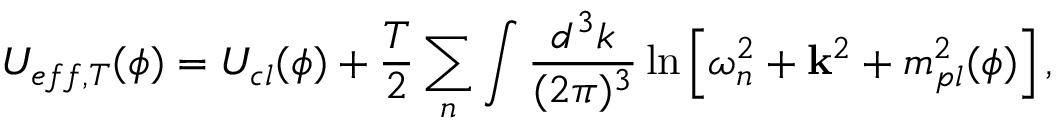
U _ { e f f , T } ( \phi ) = U _ { c l } ( \phi ) + \frac { T } { 2 } \sum _ { n } \int \frac { d ^ { 3 } k } { ( 2 \pi ) ^ { 3 } } \ln \left[ \omega _ { n } ^ { 2 } + { \bf \vec { k } } ^ { 2 } + m _ { p l } ^ { 2 } ( \phi ) \right] , \nonumber